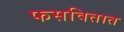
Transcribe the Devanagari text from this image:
फसवितात